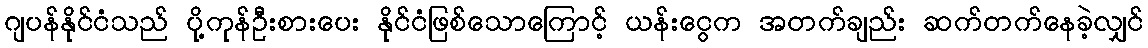
ဂျပန်နိုင်ငံသည် ပို့ကုန်ဦးစားပေး နိုင်ငံဖြစ်သောကြောင့် ယန်းငွေက အတက်ချည်း ဆက်တက်နေခဲ့လျှင်